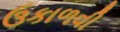
ઉકાળવી